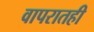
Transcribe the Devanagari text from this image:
वापरातही